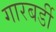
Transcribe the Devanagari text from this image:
गारबर्डी